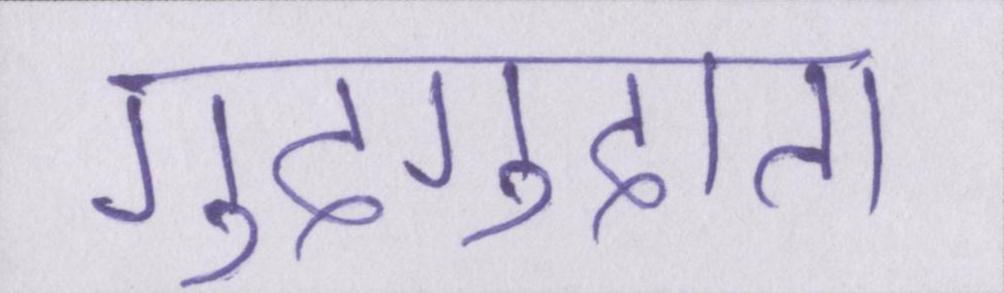
गुदगुदाता